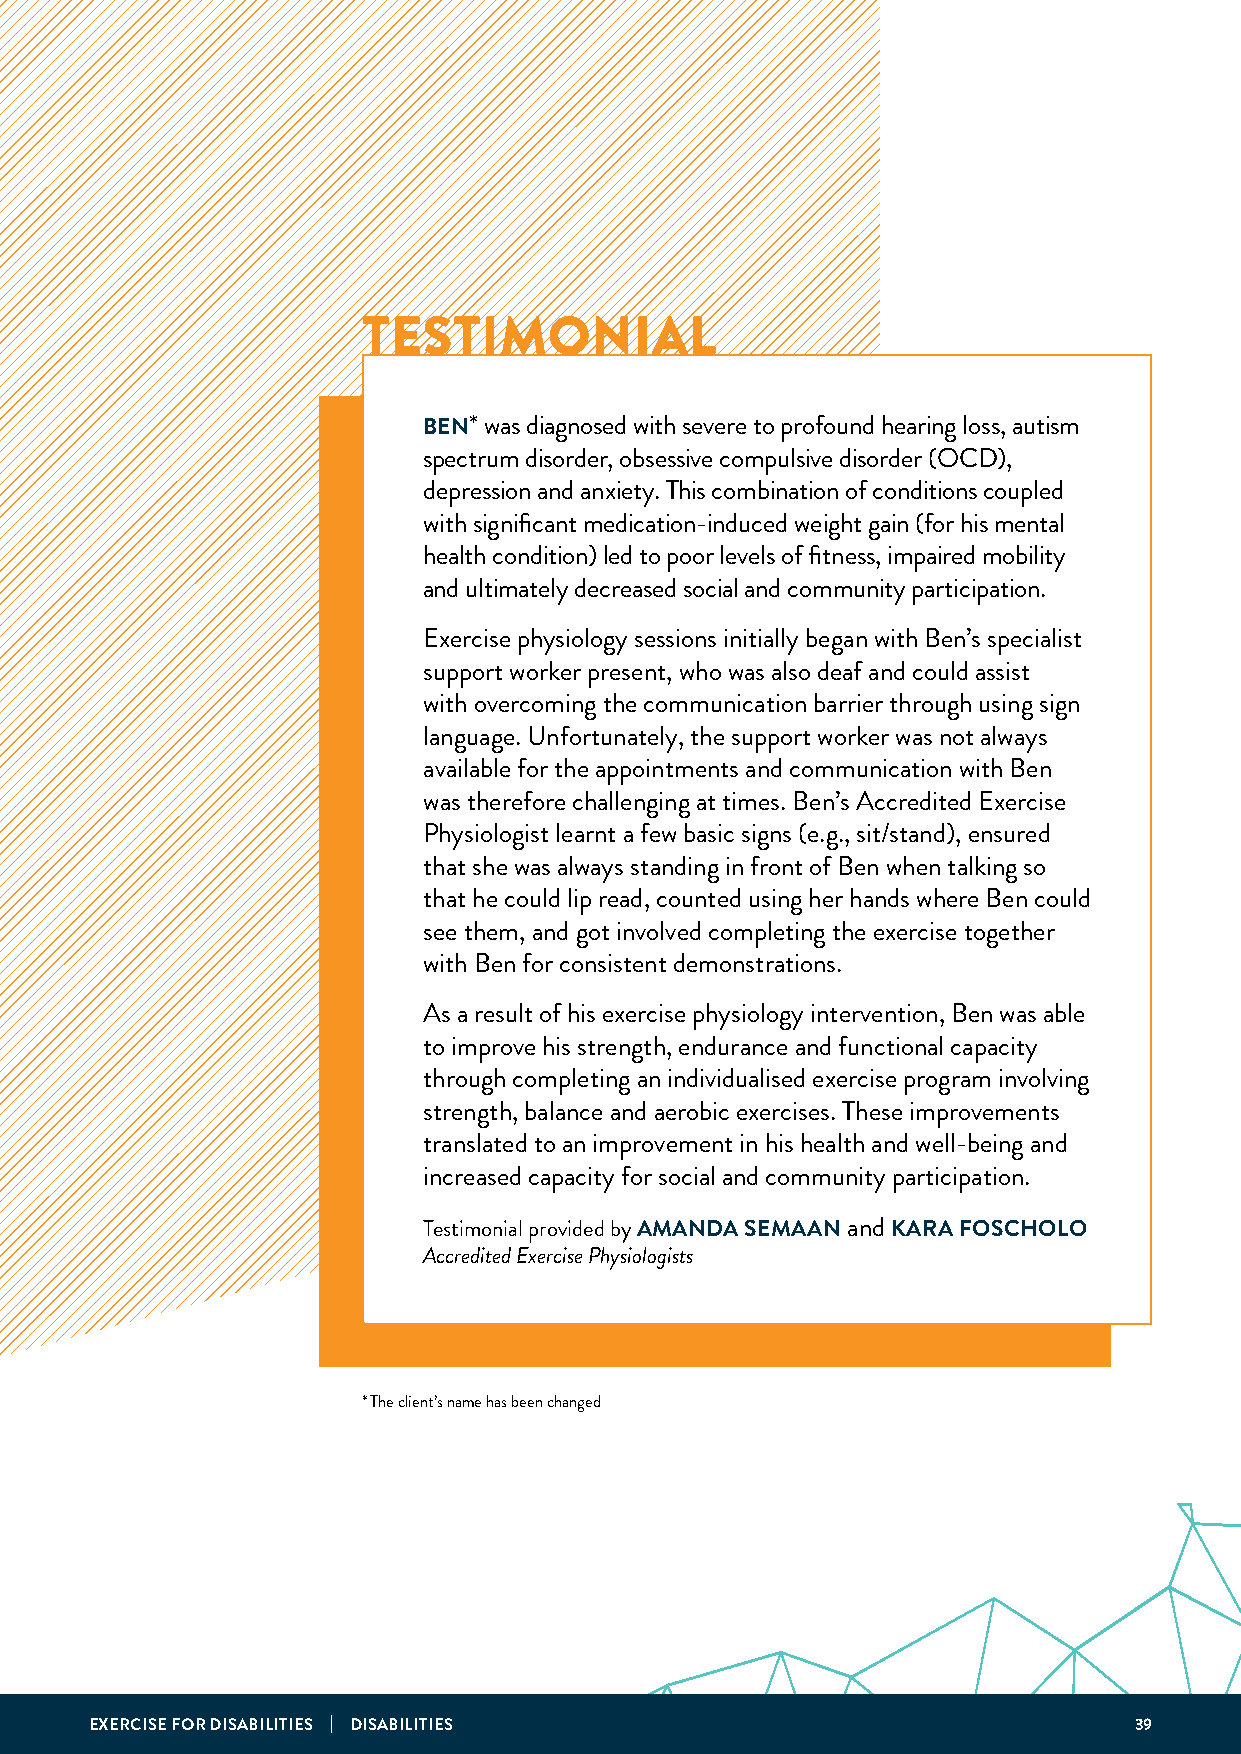
TESTIMONIAL
 BEN* was diagnosed with severe to profound hearing loss, autism
 spectrum disorder, obsessive compulsive disorder (OCD),
 depression and anxiety. This combination of conditions coupled
 with significant medication-induced weight gain (for his mental
 health condition) led to poor levels of fitness, impaired mobility
 and ultimately decreased social and community participation.
 Exercise physiology sessions initially began with Ben’s specialist
 support worker present, who was also deaf and could assist
 with overcoming the communication barrier through using sign
 language. Unfortunately, the support worker was not always
 available for the appointments and communication with Ben
 was therefore challenging at times. Ben’s Accredited Exercise
 Physiologist learnt a few basic signs (e.g., sit/stand), ensured
 that she was always standing in front of Ben when talking so
 that he could lip read, counted using her hands where Ben could
 see them, and got involved completing the exercise together
 with Ben for consistent demonstrations.
 As a result of his exercise physiology intervention, Ben was able
 to improve his strength, endurance and functional capacity
 through completing an individualised exercise program involving
 strength, balance and aerobic exercises. These improvements
 translated to an improvement in his health and well-being and
 increased capacity for social and community participation.
 Testimonial provided by AMANDA SEMAAN and KARA FOSCHOLO
 Accredited Exercise Physiologists
 * The client’s name has been changed
 EXERCISE FOR DISABILITIES | DISABILITIES                             39